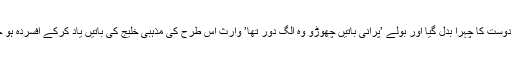
اب انکے دوست کا چہرا بدل گیا اور بولے ’پرانی باتیں چھوڑو وہ الگ دور تھا’ وارث اس طرح کی مذہبی خلیج کی باتیں یاد کرکے افسردہ ہو جاتے ہیں۔